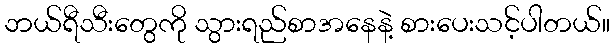
ဘယ်ရီသီးတွေကို သွားရည်စာအနေနဲ့ စားပေးသင့်ပါတယ်။